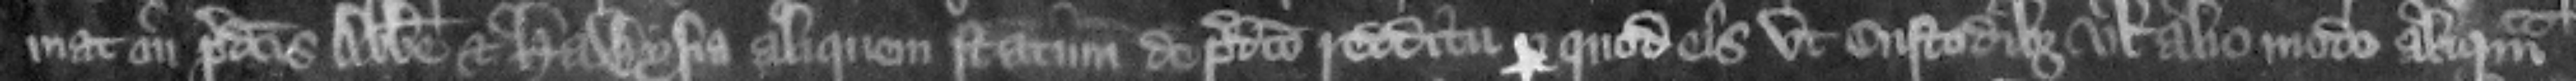
mat in predictis abbate et Hawysia aliquem statum de predicto redditu per quod is vt custodibus vel alio modo aliquam